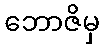
ဘောဇိမှ